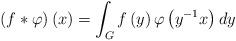
LaTeX: \begin{align*}\left( f\ast\varphi\right) \left( x\right) =\int_{G}f\left( y\right)\varphi\left( y^{-1}x\right) dy\end{align*}